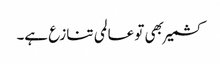
کشمیر بھی تو عالمی تنازع ہے۔